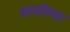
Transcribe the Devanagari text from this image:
आधीच्‍या